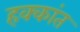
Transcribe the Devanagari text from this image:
हक्कांत